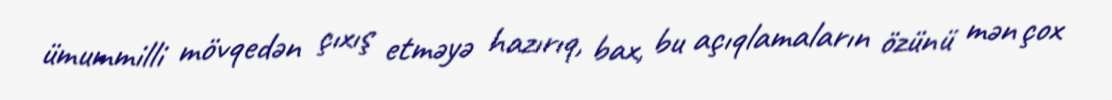
ümummilli mövqedən çıxış etməyə hazırıq, bax, bu açıqlamaların özünü mən çox